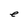
Character: e